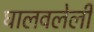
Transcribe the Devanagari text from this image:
घालवलेली